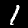
Digit: 1